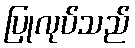
ပြုလုပ်သည်